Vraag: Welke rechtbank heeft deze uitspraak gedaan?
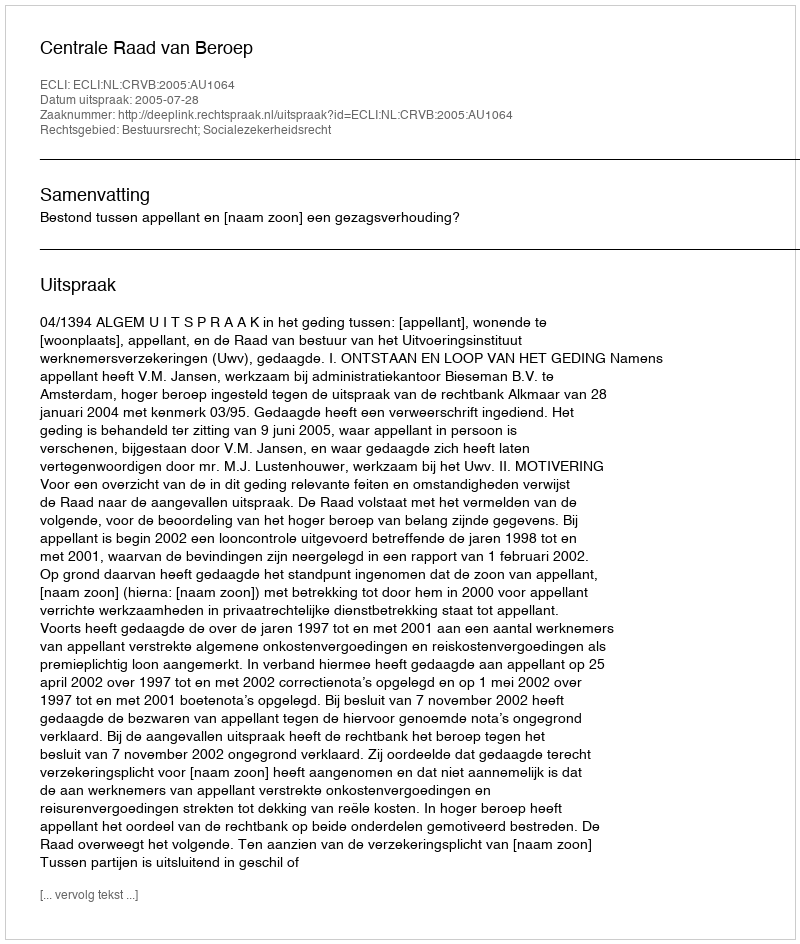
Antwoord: Centrale Raad van Beroep